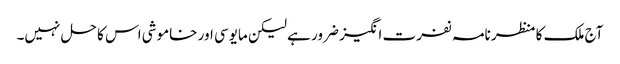
آج ملک کا منظر نامہ نفرت انگیز ضرور ہے لیکن مایوسی اور خاموشی اس کا حل نہیں۔